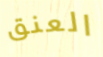
العنق